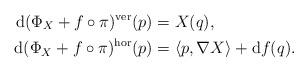
LaTeX: \begin{align*} \mathrm{d} ( \Phi _X + f \circ \pi ) ^{\mathrm{ver}} (p) &= X (q) ,\\ \mathrm{d} ( \Phi _X + f \circ \pi ) ^{\mathrm{hor}} (p) &= \langle p, \nabla X \rangle + \mathrm{d} f (q) . \end{align*}